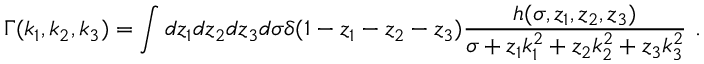
\Gamma ( k _ { 1 } , k _ { 2 } , k _ { 3 } ) = \int d z _ { 1 } d z _ { 2 } d z _ { 3 } d \sigma \delta ( 1 - z _ { 1 } - z _ { 2 } - z _ { 3 } ) { \frac { h ( \sigma , z _ { 1 } , z _ { 2 } , z _ { 3 } ) } { \sigma + z _ { 1 } k _ { 1 } ^ { 2 } + z _ { 2 } k _ { 2 } ^ { 2 } + z _ { 3 } k _ { 3 } ^ { 2 } } } ~ .